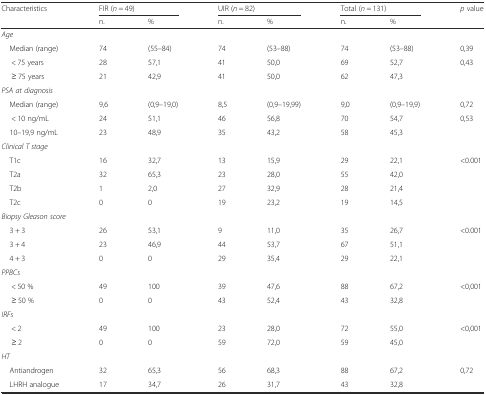
<table><thead><tr><td><b>Characteristics</b></td><td colspan="2"><b>FIR (<i>n</i> = 49)</b></td><td colspan="2"><b>UIR (<i>n</i> = 82)</b></td><td colspan="2"><b>Total (<i>n</i> = 131)</b></td><td><b><i>p</i> value</b></td></tr><tr><td></td><td><b>n.</b></td><td><b>%</b></td><td><b>n.</b></td><td><b>%</b></td><td><b>n.</b></td><td><b>%</b></td><td></td></tr></thead><tbody><tr><td colspan="8"><i>Age</i></td></tr><tr><td> Median (range)</td><td>74</td><td>(55–84)</td><td>74</td><td>(53–88)</td><td>74</td><td>(53–88)</td><td>0,39</td></tr><tr><td>&lt; 75 years</td><td>28</td><td>57,1</td><td>41</td><td>50,0</td><td>69</td><td>52,7</td><td rowspan="2">0,43</td></tr><tr><td>≥ 75 years</td><td>21</td><td>42,9</td><td>41</td><td>50,0</td><td>62</td><td>47,3</td></tr><tr><td colspan="8"><i>PSA at diagnosis</i></td></tr><tr><td> Median (range)</td><td>9,6</td><td>(0,9–19,0)</td><td>8,5</td><td>(0,9–19,99)</td><td>9,0</td><td>(0,9–19,9)</td><td>0,72</td></tr><tr><td>&lt; 10 ng/mL</td><td>24</td><td>51,1</td><td>46</td><td>56,8</td><td>70</td><td>54,7</td><td rowspan="2">0,53</td></tr><tr><td> 10–19,9 ng/mL</td><td>23</td><td>48,9</td><td>35</td><td>43,2</td><td>58</td><td>45,3</td></tr><tr><td colspan="8"><i>Clinical T stage</i></td></tr><tr><td> T1c</td><td>16</td><td>32,7</td><td>13</td><td>15,9</td><td>29</td><td>22,1</td><td rowspan="4">&lt;0.001</td></tr><tr><td> T2a</td><td>32</td><td>65,3</td><td>23</td><td>28,0</td><td>55</td><td>42,0</td></tr><tr><td> T2b</td><td>1</td><td>2,0</td><td>27</td><td>32,9</td><td>28</td><td>21,4</td></tr><tr><td> T2c</td><td>0</td><td>0</td><td>19</td><td>23,2</td><td>19</td><td>14,5</td></tr><tr><td colspan="8"><i>Biopsy Gleason score</i></td></tr><tr><td> 3 + 3</td><td>26</td><td>53,1</td><td>9</td><td>11,0</td><td>35</td><td>26,7</td><td rowspan="3">&lt;0.001</td></tr><tr><td> 3 + 4</td><td>23</td><td>46,9</td><td>44</td><td>53,7</td><td>67</td><td>51,1</td></tr><tr><td> 4 + 3</td><td>0</td><td>0</td><td>29</td><td>35,4</td><td>29</td><td>22,1</td></tr><tr><td colspan="8"><i>PPBCs</i></td></tr><tr><td>&lt; 50 %</td><td>49</td><td>100</td><td>39</td><td>47,6</td><td>88</td><td>67,2</td><td rowspan="2">&lt;0,001</td></tr><tr><td>≥ 50 %</td><td>0</td><td>0</td><td>43</td><td>52,4</td><td>43</td><td>32,8</td></tr><tr><td colspan="8"><i>IRFs</i></td></tr><tr><td>&lt; 2</td><td>49</td><td>100</td><td>23</td><td>28,0</td><td>72</td><td>55,0</td><td rowspan="2">&lt;0,001</td></tr><tr><td>≥ 2</td><td>0</td><td>0</td><td>59</td><td>72,0</td><td>59</td><td>45,0</td></tr><tr><td colspan="8"><i>HT</i></td></tr><tr><td> Antiandrogen</td><td>32</td><td>65,3</td><td>56</td><td>68,3</td><td>88</td><td>67,2</td><td rowspan="2">0,72</td></tr><tr><td> LHRH analogue</td><td>17</td><td>34,7</td><td>26</td><td>31,7</td><td>43</td><td>32,8</td></tr></tbody></table>